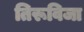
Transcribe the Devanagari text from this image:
तिरूविजा